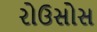
રોઉસોસ